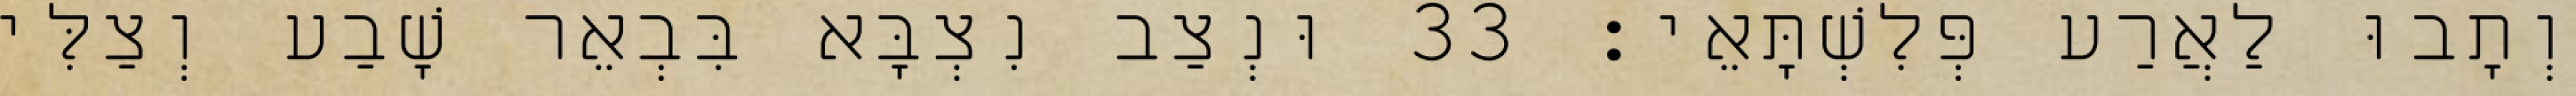
וְתָבוּ לַאֲרַע פְּלִשְׁתָּאֵי׃ 33 וּנְצַב נִצְבָּא בִּבְאֵר שָׁבַע וְצַלִּי